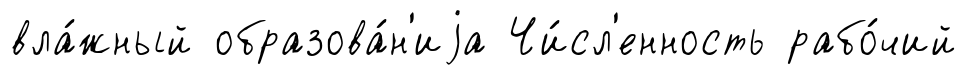
вла́жный образова́н'иjа Чи́сл'енность рабо́чий